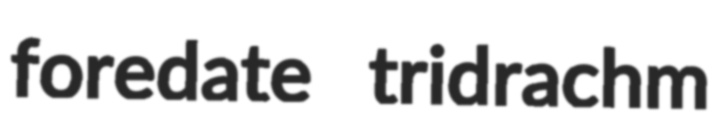
foredate tridrachm